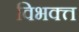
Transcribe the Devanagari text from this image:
विभक्त्त